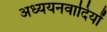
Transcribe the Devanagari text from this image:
अध्ययनवादियों